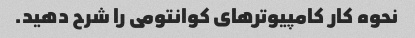
نحوه کار کامپیوترهای کوانتومی را شرح دهید.